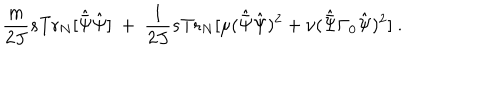
\frac { m } { 2 J } s \mathrm { T r } _ { N } [ { \hat { \bar { \Psi } } } { \hat { \Psi } } ] \ + \ \frac { 1 } { 2 J } s \mathrm { T r } _ { N } [ \mu ( { \hat { \bar { \Psi } } } { \hat { \Psi } } ) ^ { 2 } + \nu ( { \hat { \bar { \Psi } } } \Gamma _ { 0 } { \hat { \Psi } } ) ^ { 2 } ] \ .